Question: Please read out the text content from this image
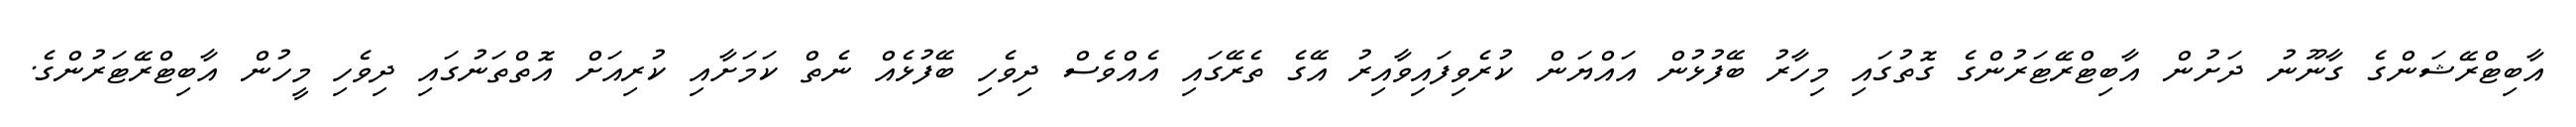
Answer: އާބިޓްރޭޝަންގެ ގާނޫނު ދަށުން އާބިޓްރޭޓަރުންގެ ގޮތުގައި މިހާރު ބޭފުޅުން އައްޔަން ކުރެވިފައިވާއިރު އޭގެ ތެރޭގައި އެއްވެސް ދިވެހި ބޭފުޅެއް ނެތް ކަމަށާއި ކުރިއަށް އޮތްތަނުގައި ދިވެހި މީހުން އާބިޓްރޭޓަރުންގެ.